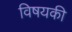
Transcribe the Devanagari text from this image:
विषयकी